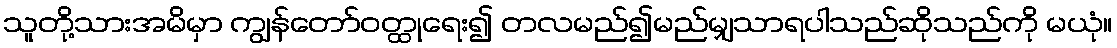
သူတို့သားအမိမှာ ကျွန်တော်ဝတ္ထုရေး၍ တလမည်၍မည်မျှသာရပါသည်ဆိုသည်ကို မယုံ။